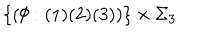
LaTeX: \{ ( \emptyset : ( 1 ) ( 2 ) ( 3 ) ) \} \times \Sigma _ { 3 }